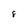
Character: 8